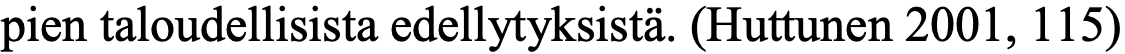
pien taloudellisista edellytyksistä. (Huttunen 2001, 115)